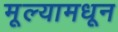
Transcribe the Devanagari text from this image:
मूल्यामधून